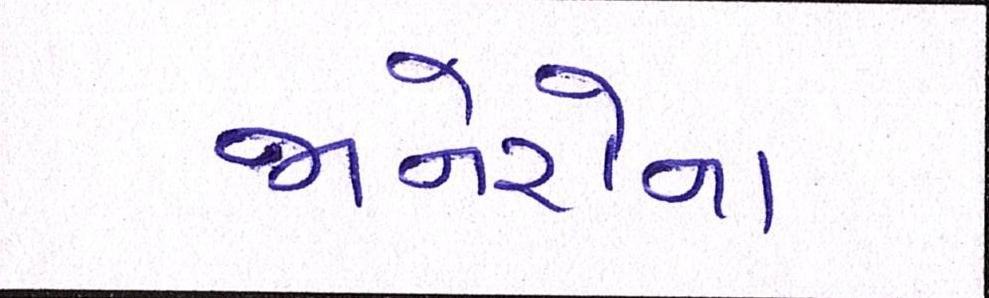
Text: જાનેરોના